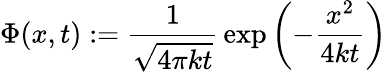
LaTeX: \Phi(x,t):={\frac{1}{\sqrt{4\pi kt}}}\exp\left(-{\frac{x^{2}}{4kt}}\right)